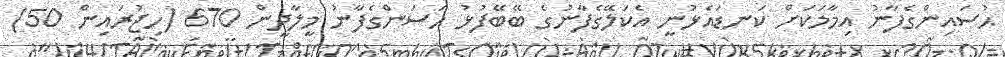
ޙުސައިންގެފާނު އިމާމަކަށް ކަނޑައެޅުނީ އެކަލޭގެފާނުގެ ބޭބޭފުޅު ޙަސަންގެފާނު މީލާދީން 670 (ހިޖުރައިން 50)